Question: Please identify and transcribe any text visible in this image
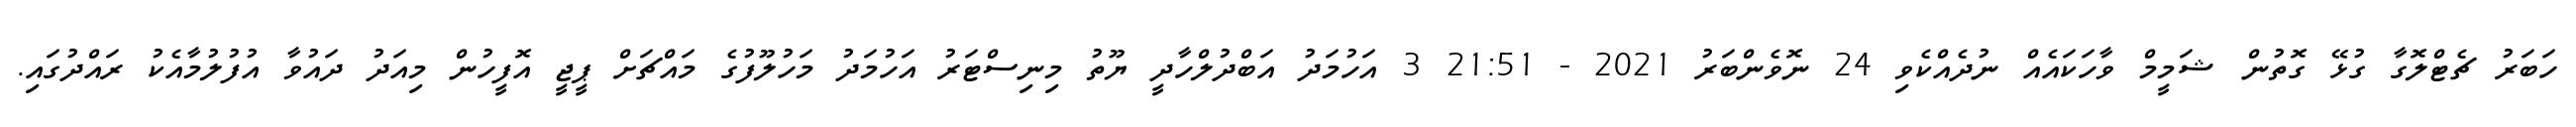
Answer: ހަބަރު ޗެޓްލޮގާ ގުޅޭ ގޮތުން ޝަމީމް ވާހަކައެއް ނުދެއްކެވި 24 ނޮވެންބަރު 2021 - 21:51 3 އަހުމަދު އަބްދުލްހާދީ ޔޫތު މިނިސްޓަރު އަހުމަދު މަހުލޫފުގެ މައްޗަށް ޕީޖީ އޮފީހުން މިއަދު ދައުވާ އުފުލުމާއެކު ރައްދުގައި.